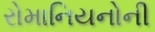
રોમાનિયનોની